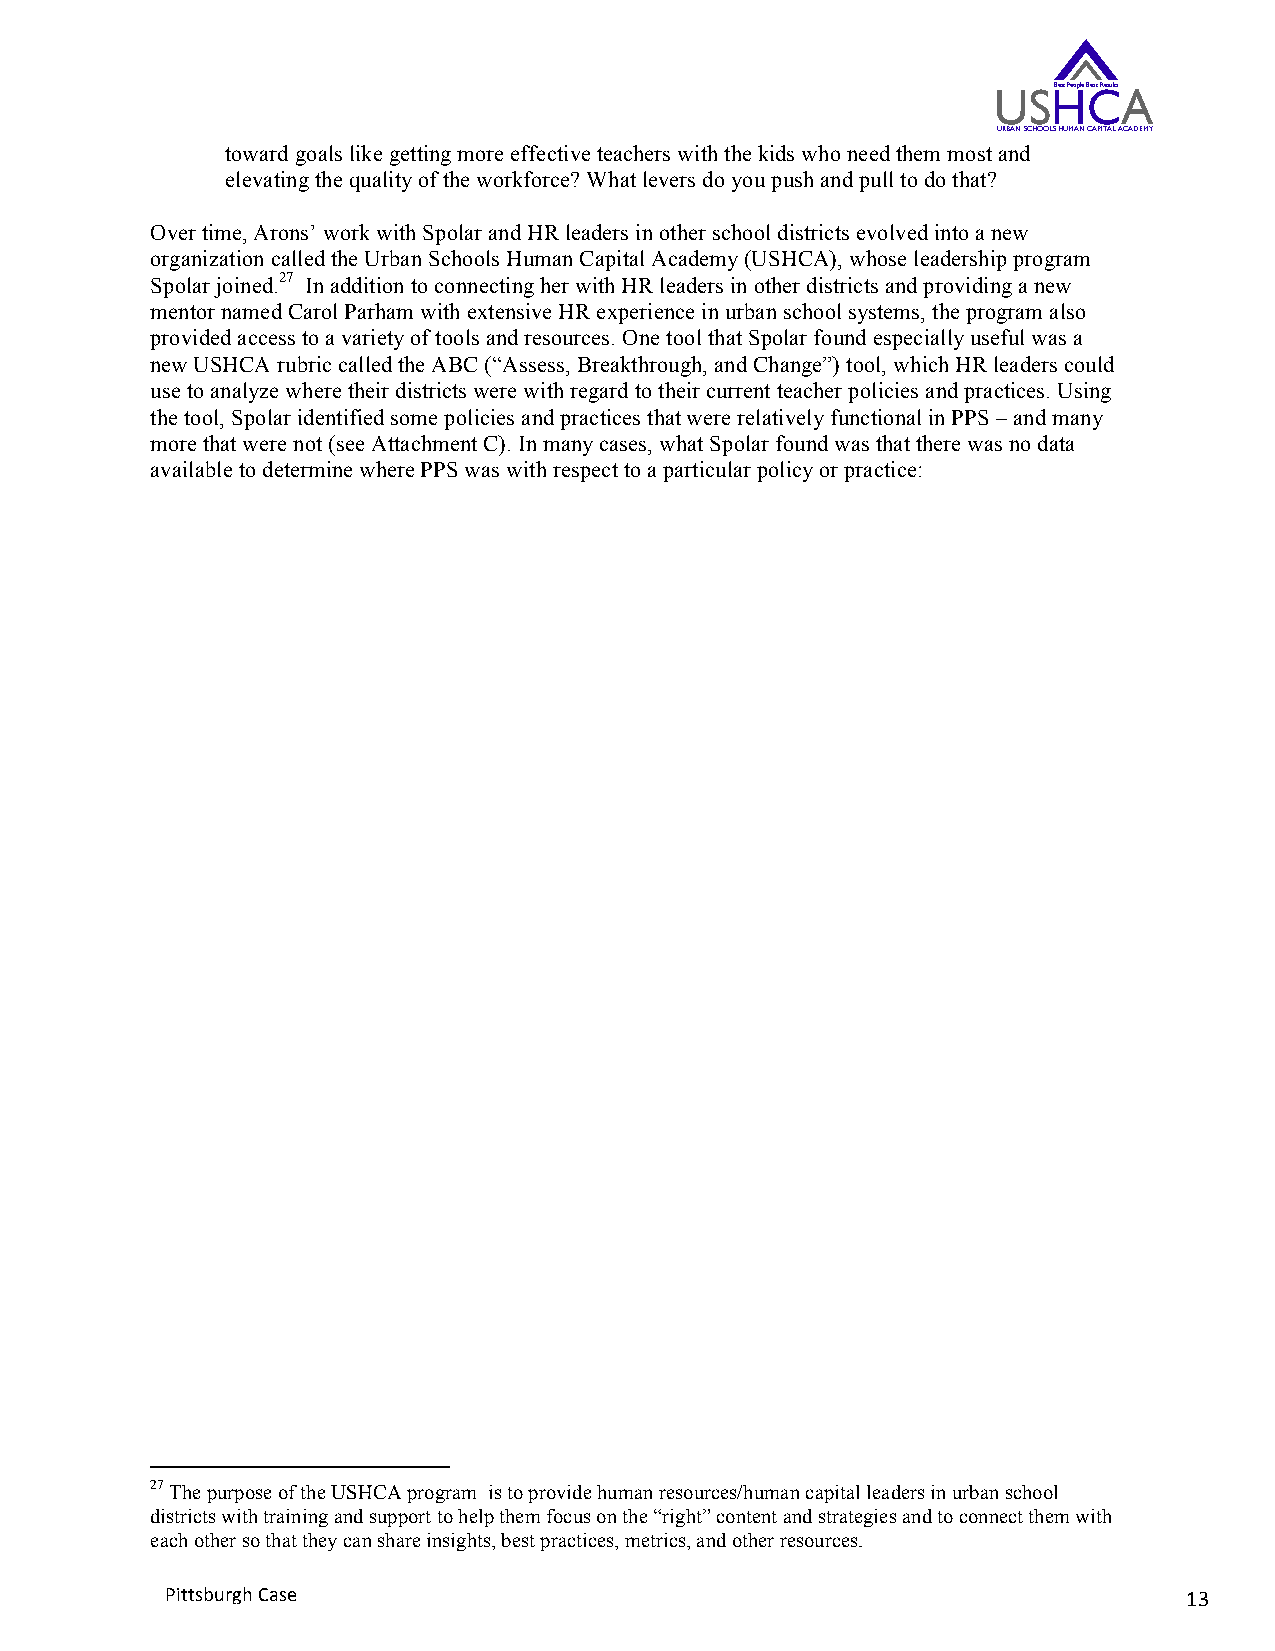
USHBest People CBest ResultsA
 URBAN SCHOOLS HUMAN CAPITAL ACADEMY
 toward goals like getting more effective teachers with the kids who need them most and
 elevating the quality of the workforce? What levers do you push and pull to do that?
 Over time, Arons’ work with Spolar and HR leaders in other school districts evolved into a new
 organization called the Urban Schools Human Capital Academy (USHCA), whose leadership program
 Spolar joined.27 In addition to connecting her with HR leaders in other districts and providing a new
 mentor named Carol Parham with extensive HR experience in urban school systems, the program also
 provided access to a variety of tools and resources. One tool that Spolar found especially useful was a
 new USHCA rubric called the ABC (“Assess, Breakthrough, and Change”) tool, which HR leaders could
 use to analyze where their districts were with regard to their current teacher policies and practices. Using
 the tool, Spolar identified some policies and practices that were relatively functional in PPS – and many
 more that were not (see Attachment C). In many cases, what Spolar found was that there was no data
 available to determine where PPS was with respect to a particular policy or practice:
 27 The purpose of the USHCA program is to provide human resources/human capital leaders in urban school
 districts with training and support to help them focus on the “right” content and strategies and to connect them with
 each other so that they can share insights, best practices, metrics, and other resources.
 Pittsburgh Case                                                     13